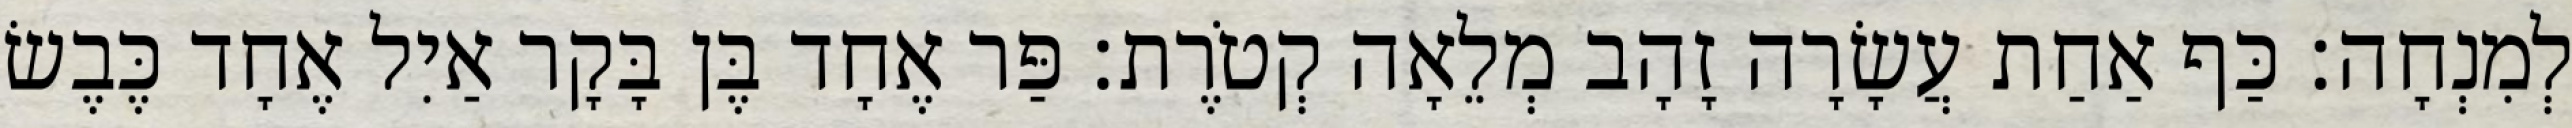
לְמִנְחָה׃ כַּף אַחַת עֲשָׂרָה זָהָב מְלֵאָה קְטֹרֶת׃ פַּר אֶחָד בֶּן בָּקָר אַיִל אֶחָד כֶּבֶשׂ